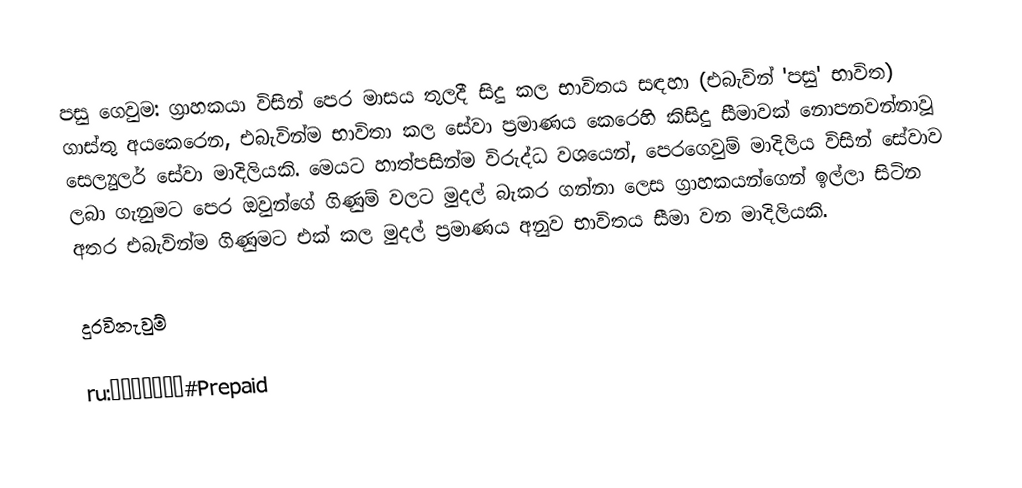
පසු ගෙවුම: ග්‍රාහකයා විසින් පෙර මාසය තුලදී සිදු කල භාවිතය සඳහා  (එබැවින් 'පසු' භාවිත) ගාස්තු අයකෙරෙන, එබැවින්ම භාවිතා කල සේවා ප්‍රමාණය කෙරෙහි කිසිදු සීමාවක් නොපනවන්නාවූ සෙල්‍යුලර් සේවා මාදිලියකි. මෙයට හාත්පසින්ම විරුද්ධ වශයෙන්, පෙරගෙවුම් මාදිලිය විසින්  සේවාව ලබා ගැනුමට පෙර  ඔවුන්ගේ ගිණුම් වලට මුදල් බැකර ගන්නා ලෙස ග්‍රාහකයන්ගෙන් ඉල්ලා සිටින අතර එබැවින්ම ගිණුමට එක් කල මුදල් ප්‍රමාණය අනුව භාවිතය සීමා වන මාදිලියකි.

දුරවිනැවුම්

ru:Биллинг#Prepaid